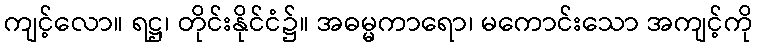
ကျင့်လော။ ရဋ္ဌ၊ တိုင်းနိုင်ငံ၌။ အဓမ္မကာရော၊ မကောင်းသော အကျင့်ကို